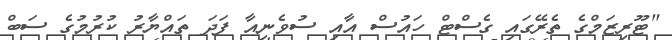
"ޓޫރިޒަމްގެ ތެރޭގައި ގެސްޓް ހައުސް އާއި ސުވެނިއާ ފަދަ ތައްޔާރު ކުރުމުގެ ސަބް